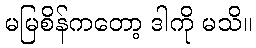
မမြစိန်ကတော့ ဒါကို မသိ။